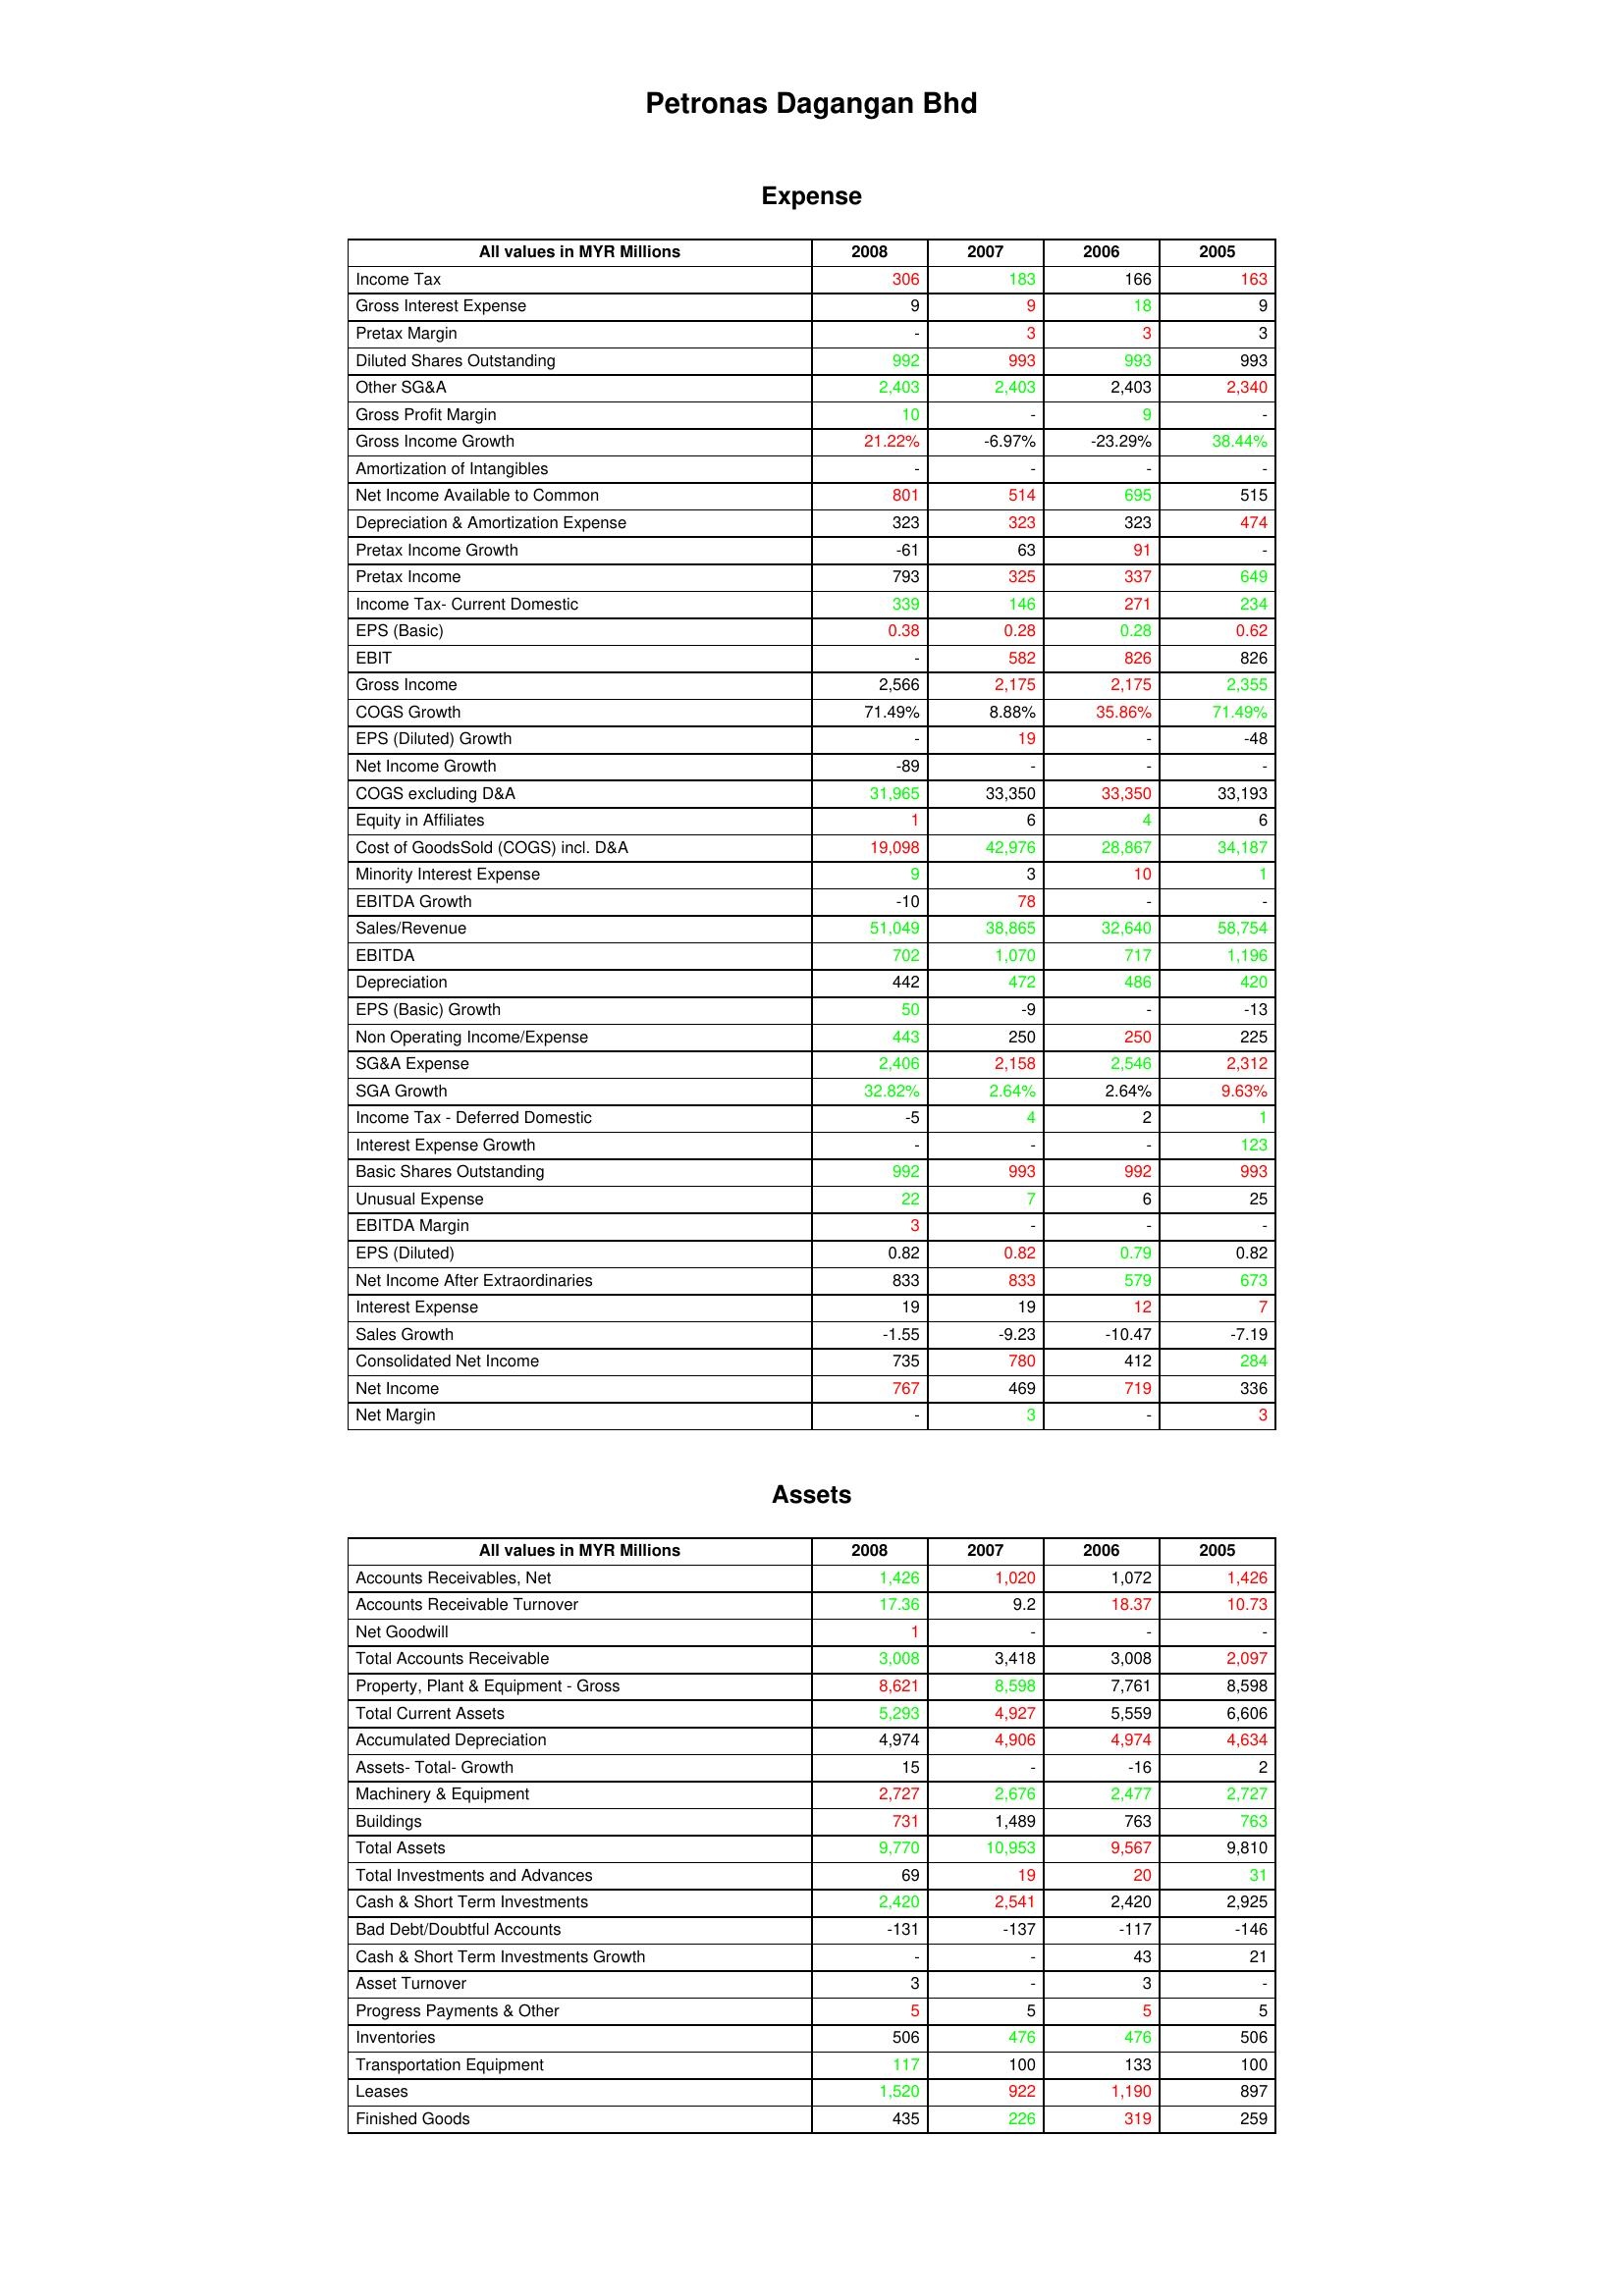
gt_parse: 2008: Expense: Income Tax: 306
Gross Interest Expense: 9
Pretax Margin: -
Diluted Shares Outstanding: 992
Other SG&A: 2,403
Gross Profit Margin: 10
Gross Income Growth: 21.22%
Amortization of Intangibles: -
Net Income Available to Common: 801
Depreciation & Amortization Expense: 323
Pretax Income Growth: -61
Pretax Income: 793
Income Tax- Current Domestic: 339
EPS (Basic): 0.38
EBIT: -
Gross Income: 2,566
COGS Growth: 71.49%
EPS (Diluted) Growth: -
Net Income Growth: -89
COGS excluding D&A: 31,965
Equity in Affiliates: 1
Cost of GoodsSold (COGS) incl. D&A: 19,098
Minority Interest Expense: 9
EBITDA Growth: -10
Sales/Revenue: 51,049
EBITDA: 702
Depreciation: 442
EPS (Basic) Growth: 50
Non Operating Income/Expense: 443
SG&A Expense: 2,406
SGA Growth: 32.82%
Income Tax - Deferred Domestic: -5
Interest Expense Growth: -
Basic Shares Outstanding: 992
Unusual Expense: 22
EBITDA Margin: 3
EPS (Diluted): 0.82
Net Income After Extraordinaries: 833
Interest Expense: 19
Sales Growth: -1.55
Consolidated Net Income: 735
Net Income: 767
Net Margin: -
Assets: Accounts Receivables, Net: 1,426
Accounts Receivable Turnover: 17.36
Net Goodwill: 1
Total Accounts Receivable: 3,008
Property, Plant & Equipment - Gross : 8,621
Total Current Assets: 5,293
Accumulated Depreciation: 4,974
Assets- Total- Growth: 15
Machinery & Equipment: 2,727
Buildings: 731
Total Assets: 9,770
Total Investments and Advances: 69
Cash & Short Term Investments: 2,420
Bad Debt/Doubtful Accounts: -131
Cash & Short Term Investments Growth: -
Asset Turnover: 3
Progress Payments & Other: 5
Inventories: 506
Transportation Equipment: 117
Leases: 1,520
Finished Goods: 435
2007: Expense: Income Tax: 183
Gross Interest Expense: 9
Pretax Margin: 3
Diluted Shares Outstanding: 993
Other SG&A: 2,403
Gross Profit Margin: -
Gross Income Growth: -6.97%
Amortization of Intangibles: -
Net Income Available to Common: 514
Depreciation & Amortization Expense: 323
Pretax Income Growth: 63
Pretax Income: 325
Income Tax- Current Domestic: 146
EPS (Basic): 0.28
EBIT: 582
Gross Income: 2,175
COGS Growth: 8.88%
EPS (Diluted) Growth: 19
Net Income Growth: -
COGS excluding D&A: 33,350
Equity in Affiliates: 6
Cost of GoodsSold (COGS) incl. D&A: 42,976
Minority Interest Expense: 3
EBITDA Growth: 78
Sales/Revenue: 38,865
EBITDA: 1,070
Depreciation: 472
EPS (Basic) Growth: -9
Non Operating Income/Expense: 250
SG&A Expense: 2,158
SGA Growth: 2.64%
Income Tax - Deferred Domestic: 4
Interest Expense Growth: -
Basic Shares Outstanding: 993
Unusual Expense: 7
EBITDA Margin: -
EPS (Diluted): 0.82
Net Income After Extraordinaries: 833
Interest Expense: 19
Sales Growth: -9.23
Consolidated Net Income: 780
Net Income: 469
Net Margin: 3
Assets: Accounts Receivables, Net: 1,020
Accounts Receivable Turnover: 9.2
Net Goodwill: -
Total Accounts Receivable: 3,418
Property, Plant & Equipment - Gross : 8,598
Total Current Assets: 4,927
Accumulated Depreciation: 4,906
Assets- Total- Growth: -
Machinery & Equipment: 2,676
Buildings: 1,489
Total Assets: 10,953
Total Investments and Advances: 19
Cash & Short Term Investments: 2,541
Bad Debt/Doubtful Accounts: -137
Cash & Short Term Investments Growth: -
Asset Turnover: -
Progress Payments & Other: 5
Inventories: 476
Transportation Equipment: 100
Leases: 922
Finished Goods: 226
2006: Expense: Income Tax: 166
Gross Interest Expense: 18
Pretax Margin: 3
Diluted Shares Outstanding: 993
Other SG&A: 2,403
Gross Profit Margin: 9
Gross Income Growth: -23.29%
Amortization of Intangibles: -
Net Income Available to Common: 695
Depreciation & Amortization Expense: 323
Pretax Income Growth: 91
Pretax Income: 337
Income Tax- Current Domestic: 271
EPS (Basic): 0.28
EBIT: 826
Gross Income: 2,175
COGS Growth: 35.86%
EPS (Diluted) Growth: -
Net Income Growth: -
COGS excluding D&A: 33,350
Equity in Affiliates: 4
Cost of GoodsSold (COGS) incl. D&A: 28,867
Minority Interest Expense: 10
EBITDA Growth: -
Sales/Revenue: 32,640
EBITDA: 717
Depreciation: 486
EPS (Basic) Growth: -
Non Operating Income/Expense: 250
SG&A Expense: 2,546
SGA Growth: 2.64%
Income Tax - Deferred Domestic: 2
Interest Expense Growth: -
Basic Shares Outstanding: 992
Unusual Expense: 6
EBITDA Margin: -
EPS (Diluted): 0.79
Net Income After Extraordinaries: 579
Interest Expense: 12
Sales Growth: -10.47
Consolidated Net Income: 412
Net Income: 719
Net Margin: -
Assets: Accounts Receivables, Net: 1,072
Accounts Receivable Turnover: 18.37
Net Goodwill: -
Total Accounts Receivable: 3,008
Property, Plant & Equipment - Gross : 7,761
Total Current Assets: 5,559
Accumulated Depreciation: 4,974
Assets- Total- Growth: -16
Machinery & Equipment: 2,477
Buildings: 763
Total Assets: 9,567
Total Investments and Advances: 20
Cash & Short Term Investments: 2,420
Bad Debt/Doubtful Accounts: -117
Cash & Short Term Investments Growth: 43
Asset Turnover: 3
Progress Payments & Other: 5
Inventories: 476
Transportation Equipment: 133
Leases: 1,190
Finished Goods: 319
2005: Expense: Income Tax: 163
Gross Interest Expense: 9
Pretax Margin: 3
Diluted Shares Outstanding: 993
Other SG&A: 2,340
Gross Profit Margin: -
Gross Income Growth: 38.44%
Amortization of Intangibles: -
Net Income Available to Common: 515
Depreciation & Amortization Expense: 474
Pretax Income Growth: -
Pretax Income: 649
Income Tax- Current Domestic: 234
EPS (Basic): 0.62
EBIT: 826
Gross Income: 2,355
COGS Growth: 71.49%
EPS (Diluted) Growth: -48
Net Income Growth: -
COGS excluding D&A: 33,193
Equity in Affiliates: 6
Cost of GoodsSold (COGS) incl. D&A: 34,187
Minority Interest Expense: 1
EBITDA Growth: -
Sales/Revenue: 58,754
EBITDA: 1,196
Depreciation: 420
EPS (Basic) Growth: -13
Non Operating Income/Expense: 225
SG&A Expense: 2,312
SGA Growth: 9.63%
Income Tax - Deferred Domestic: 1
Interest Expense Growth: 123
Basic Shares Outstanding: 993
Unusual Expense: 25
EBITDA Margin: -
EPS (Diluted): 0.82
Net Income After Extraordinaries: 673
Interest Expense: 7
Sales Growth: -7.19
Consolidated Net Income: 284
Net Income: 336
Net Margin: 3
Assets: Accounts Receivables, Net: 1,426
Accounts Receivable Turnover: 10.73
Net Goodwill: -
Total Accounts Receivable: 2,097
Property, Plant & Equipment - Gross : 8,598
Total Current Assets: 6,606
Accumulated Depreciation: 4,634
Assets- Total- Growth: 2
Machinery & Equipment: 2,727
Buildings: 763
Total Assets: 9,810
Total Investments and Advances: 31
Cash & Short Term Investments: 2,925
Bad Debt/Doubtful Accounts: -146
Cash & Short Term Investments Growth: 21
Asset Turnover: -
Progress Payments & Other: 5
Inventories: 506
Transportation Equipment: 100
Leases: 897
Finished Goods: 259